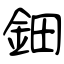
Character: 鈿